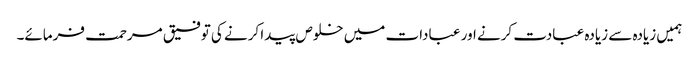
ہمیں زیادہ سے زیادہ عبادت کرنے اور عبادات میں خلوص پیدا کرنے کی توفیق مرحمت فرمائے۔